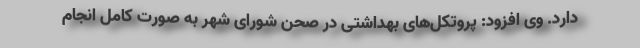
دارد. وی افزود: پروتکل‌های بهداشتی در صحن شورای شهر به صورت کامل انجام